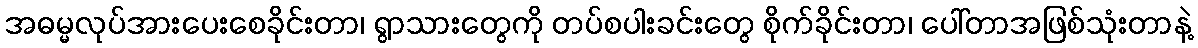
အဓမ္မလုပ်အားပေးစေခိုင်းတာ၊ ရွာသားတွေကို တပ်စပါးခင်းတွေ စိုက်ခိုင်းတာ၊ ပေါ်တာအဖြစ်သုံးတာနဲ့